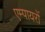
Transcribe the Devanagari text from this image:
एम्पायरों